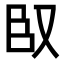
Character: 𮍍